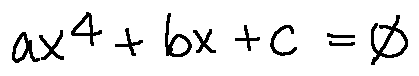
a x ^ { 4 } + b x + c = 0